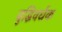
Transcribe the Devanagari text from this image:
बुद्धिवर्धक